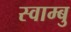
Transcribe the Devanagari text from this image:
स्वाम्बु